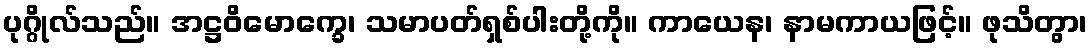
ပုဂ္ဂိုလ်သည်။ အဋ္ဌဝိမောက္ခေ၊ သမာပတ်ရှစ်ပါးတို့ကို။ ကာယေန၊ နာမကာယဖြင့်။ ဖုသိတွာ၊